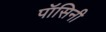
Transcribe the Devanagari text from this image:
पॉसिनी